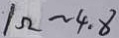
1 \Omega \sim 4 . 8